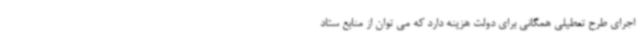
اجرای طرح تعطیلی همگانی برای دولت هزینه دارد که می توان از منابع ستاد